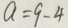
a = 9 - 4